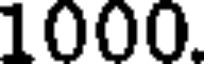
1000.